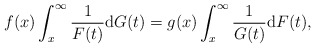
\begin{align*}f(x)\int_{x}^{\infty}\frac{1}{F(t)}{\rm d}G(t)=g(x)\int_{x}^{\infty}\frac{1}{G(t)}{\rm d}F(t),\end{align*}